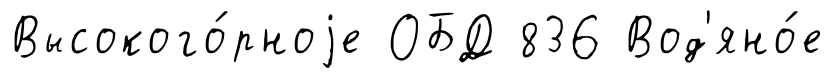
Высокого́рноjе ОБД 836 Вод'яно́е